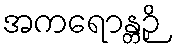
အကရောန္တဉှိ